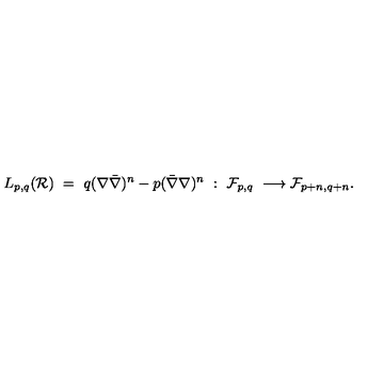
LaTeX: L _ { p , q } ( { \cal R } ) \ = \ q ( \nabla \bar { \nabla } ) ^ { n } - p ( \bar { \nabla } \nabla ) ^ { n } \ : \ { \cal F } _ { p , q } \ \longrightarrow { \cal F } _ { p + n , q + n } .